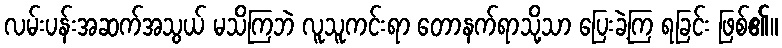
လမ်းပန်းအဆက်အသွယ် မသိကြဘဲ လူသူကင်းရာ တောနက်ရာသို့သာ ပြေးခဲ့ကြ ရခြင်း ဖြစ်၏။